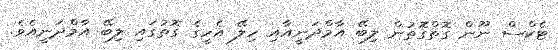
ޓެކްސް ނޫން ގޮތްގޮތުން ލިބޭ އާމްދަނީއާއި ހިލޭ އެހީގެ ގޮތުގައި ލިބޭ އާމްދަނީއެވެ.